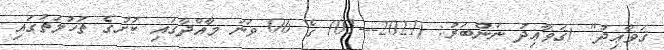
ޤަޥާޢިދު" (ޤަޥާޢިދު ނަންބަރު: (2021---01) ގެ 06 ވަނަ މާއްދާގައި ކުށުގެ ތުހުމަތުގައި